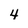
Character: 4